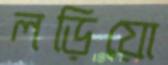
লড়িয়ো